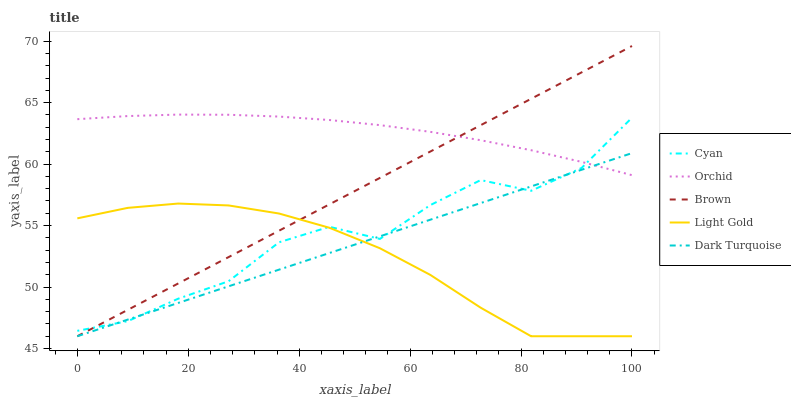
| xaxis_label | Cyan | Orchid | Brown | Light Gold | Dark Turquoise |
 | --- | --- | --- | --- | --- | --- |
 | 0 | 46.4 | 63.7 | 46 | 55.6 | 46 |
 | 9.09 | 47.2 | 63.9 | 48.1 | 56.4 | 47.4 |
 | 18.2 | 49.1 | 64 | 50.3 | 56.8 | 48.7 |
 | 27.3 | 50.5 | 64 | 52.4 | 56.6 | 50.1 |
 | 36.4 | 53.6 | 63.9 | 54.6 | 56 | 51.4 |
 | 45.5 | 54.9 | 63.6 | 56.7 | 54.8 | 52.8 |
 | 54.5 | 53.9 | 63.2 | 58.9 | 53.2 | 54.1 |
 | 63.6 | 56.7 | 62.6 | 61 | 51 | 55.5 |
 | 72.7 | 58.7 | 61.9 | 63.2 | 48.3 | 56.8 |
 | 81.8 | 57.8 | 61.1 | 65.3 | 46 | 58.2 |
 | 90.9 | 59.7 | 60.2 | 67.5 | 46 | 59.5 |
 | 100 | 63.8 | 59.1 | 69.6 | 46 | 60.9 |